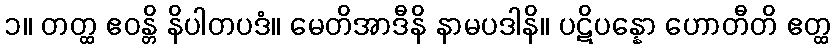
၁။ တတ္ထ ဧဝန္တိ နိပါတပဒံ။ မေတိအာဒီနိ နာမပဒါနိ။ ပဋိပန္နော ဟောတီတိ ဧတ္ထ